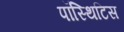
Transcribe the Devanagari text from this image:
पॉस्थिटिस